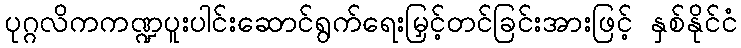
ပုဂ္ဂလိကကဏ္ဍပူးပါင်းဆောင်ရွက်ရေးမြှင့်တင်ခြင်းအားဖြင့် နှစ်နိုင်ငံ